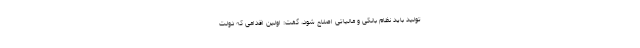
تولید باید نظام بانکی و مالیاتی اصلاح شود، گفت: اولین اقدامی که دولت